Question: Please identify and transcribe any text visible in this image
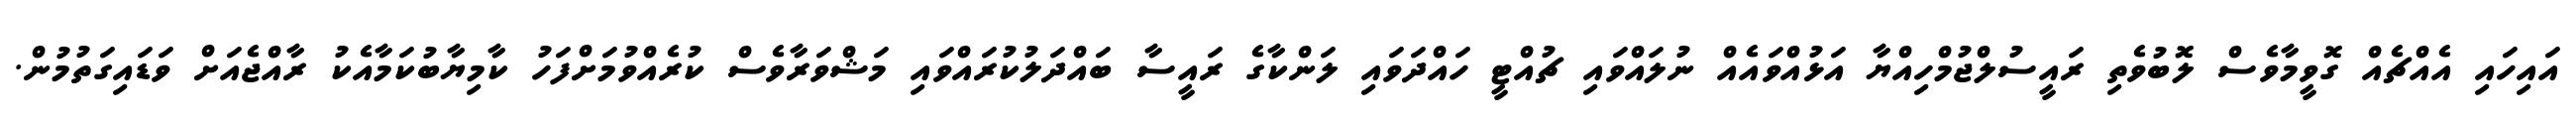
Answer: އައިހައި އެއްޗެއް ގޮވީމާވެސް ލޮބުވެތި ރައީސުލްޖުމްހިއްޔާ އަޅުއްވައެއް ނުލައްވައި ޗުއްޓީ ހައްދަވައި ލަންކާގެ ރައީސާ ބައްދަލުކުރައްވައި މަޝްވަރާވެސް ކުރެއްވުމަށްފަހު ކާމިޔާބުކަމާއެކު ރާއްޖެއަށް ވަޑައިގަތުމުން.